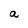
Character: a